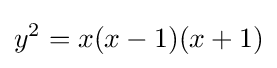
y^{2}=x(x-1)(x+1)